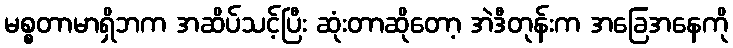
မစ္စတာမာရှိဘက အဆိပ်သင့်ပြီး ဆုံးတာဆိုတော့ အဲဒီတုန်းက အခြေအနေကို